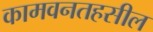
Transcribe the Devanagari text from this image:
कामवनतहसील